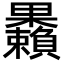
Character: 𣡚